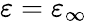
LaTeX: \varepsilon=\varepsilon_{\infty}